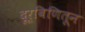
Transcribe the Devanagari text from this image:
दूर्बिणितून